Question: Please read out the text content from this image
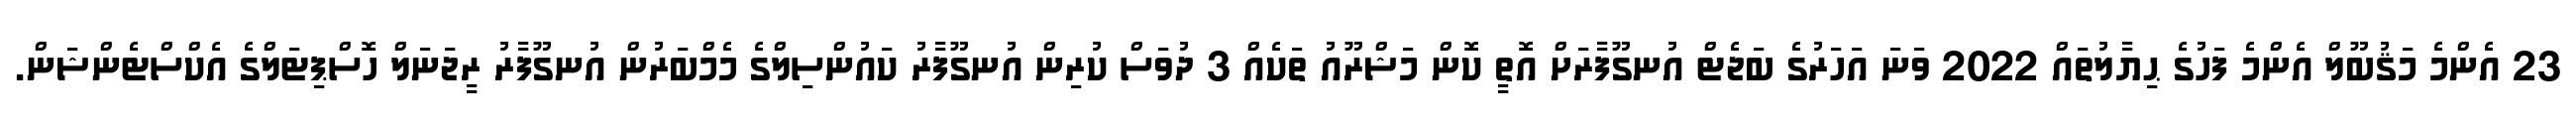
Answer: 23 އެންމެ މަޤުބޫލް އެންމެ ފަހުގެ ޙިޔާލުތައް 2022 ވަނަ އަހަރުގެ ބަޖެޓް އުނގޫފާރަށް އޮތީ ކޮން މަޝްރޫއު ތަކެއް 3 ދުވަސް ކުރިން އުނގޫފާރު ކައުންސިލްގެ މެމްބަރުން އުނގޫފާރު ރީޖަނަލް ހޮސްޕިޓަލްގެ އެކްސްޓެންޝަން.